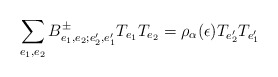
\begin{align*}\sum_{e_1,e_2}B^\pm_{e_1,e_2;e'_2,e'_1}T_{e_1}T_{e_2}=\rho_\alpha(\epsilon)T_{e'_2}T_{e'_1} \end{align*}